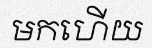
មកហើយ